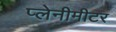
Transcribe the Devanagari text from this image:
प्लेनीमीटर